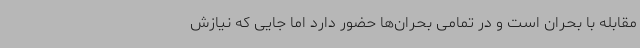
مقابله با بحران است و در تمامی بحران‌ها حضور دارد اما جایی که نیازش